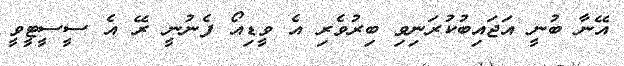
އޭނާ ބުނީ އަޖައިބުކުރަނިވި ބިރުވެރި އެ ވީޑިއޯ ފެނުނީ ރޭ އެ ސީސީޓީވީ